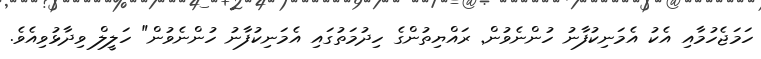
ހަމަޖެހުމާއި އެކު އެމަނިކުފާނު ހުންނެވުން